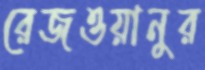
রেজওয়ানুর